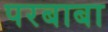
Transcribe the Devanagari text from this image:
परबाबा